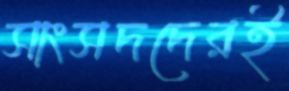
সাংসদদেরই